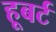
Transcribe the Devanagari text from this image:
हूबर्ट